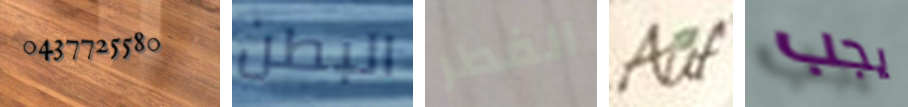
0437725580 البطن الفطر Auf يجب